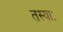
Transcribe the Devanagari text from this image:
तस्याः